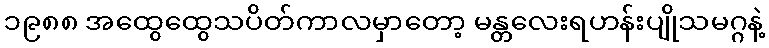
၁၉၈၈ အထွေထွေသပိတ်ကာလမှာတော့ မန္တလေးရဟန်းပျိုသမဂ္ဂနဲ့